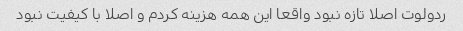
ردولوت اصلا تازه نبود واقعا این همه هزینه کردم و اصلا با کیفیت نبود